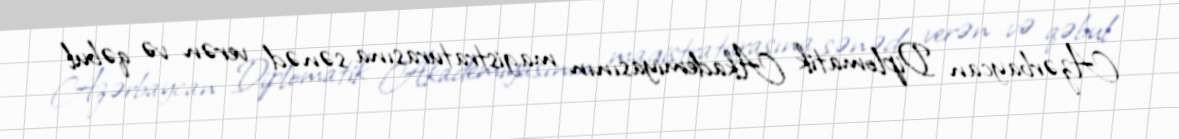
Azərbaycan Diplomatik Akademiyasının magistraturasına sənəd verən və qəbul